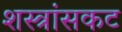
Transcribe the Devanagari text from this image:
शस्त्रांसकट